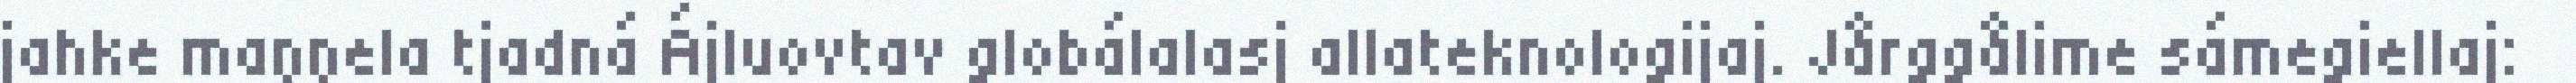
jahke maŋŋela tjadná Ájluovtav globálalasj allateknologijaj. Jårggålime sámegiellaj: